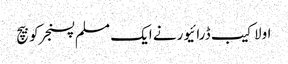
اولاکیب ڈرائیورنے ایک مسلم پسنجرکوبیچ